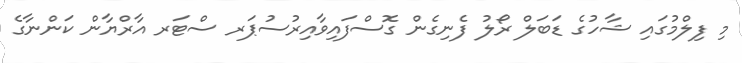
މި ފިލްމުގައި ޝާހުގެ ޑަބަލް ރޯލު ފެނިގެން ގޮސްފައިވާއިރުސުޕަރ ސްޓަރ އާރްޔާން ކަންނާގެ